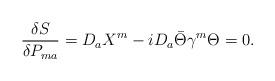
LaTeX: \begin{align*}{\delta S\over{\delta P_{ma}}}=D_{a}X^m-iD_{a}\bar\Theta\gamma^m\Theta=0.\end{align*}